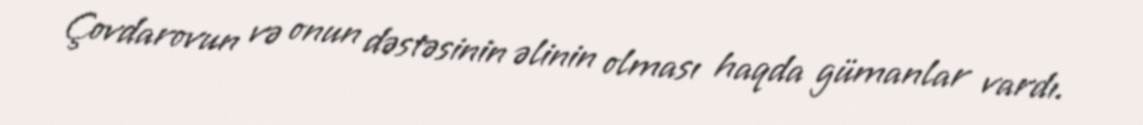
Çovdarovun və onun dəstəsinin əlinin olması haqda gümanlar vardı.